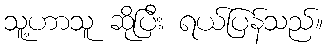
သူ့ဟာသူ ဆိုပြီး ရယ်ပြန်သည်။